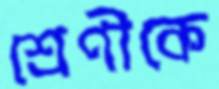
শ্রেণীকে